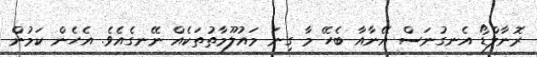
ރޮނާލްޑޯ އެނގުނަސް އޭނާއާ ބެހޭ މާ ގިނަ މައުލޫމާތުތަކެއް ނޭނގެއެވެ. އެހެން ކަމުން